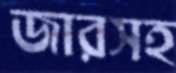
জারসহ